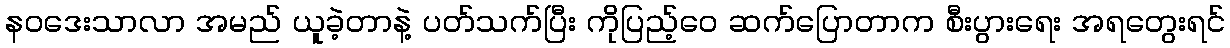
နဝဒေးသာလာ အမည် ယူခဲ့တာနဲ့ ပတ်သက်ပြီး ကိုပြည့်ဝေ ဆက်ပြောတာက စီးပွားရေး အရတွေးရင်